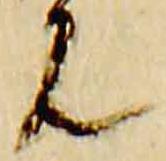
見